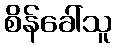
စိန်ခေါ်သူ